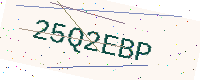
Text: 25Q2EBP